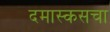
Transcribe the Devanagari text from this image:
दमास्कसचा